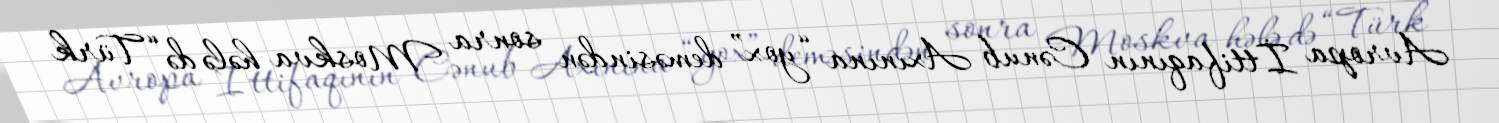
Avropa İttifaqının Cənub Axınına “yox” deməsindən sonra Moskva hələ də “Türk